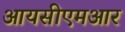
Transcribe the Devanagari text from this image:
आयसीएमआर